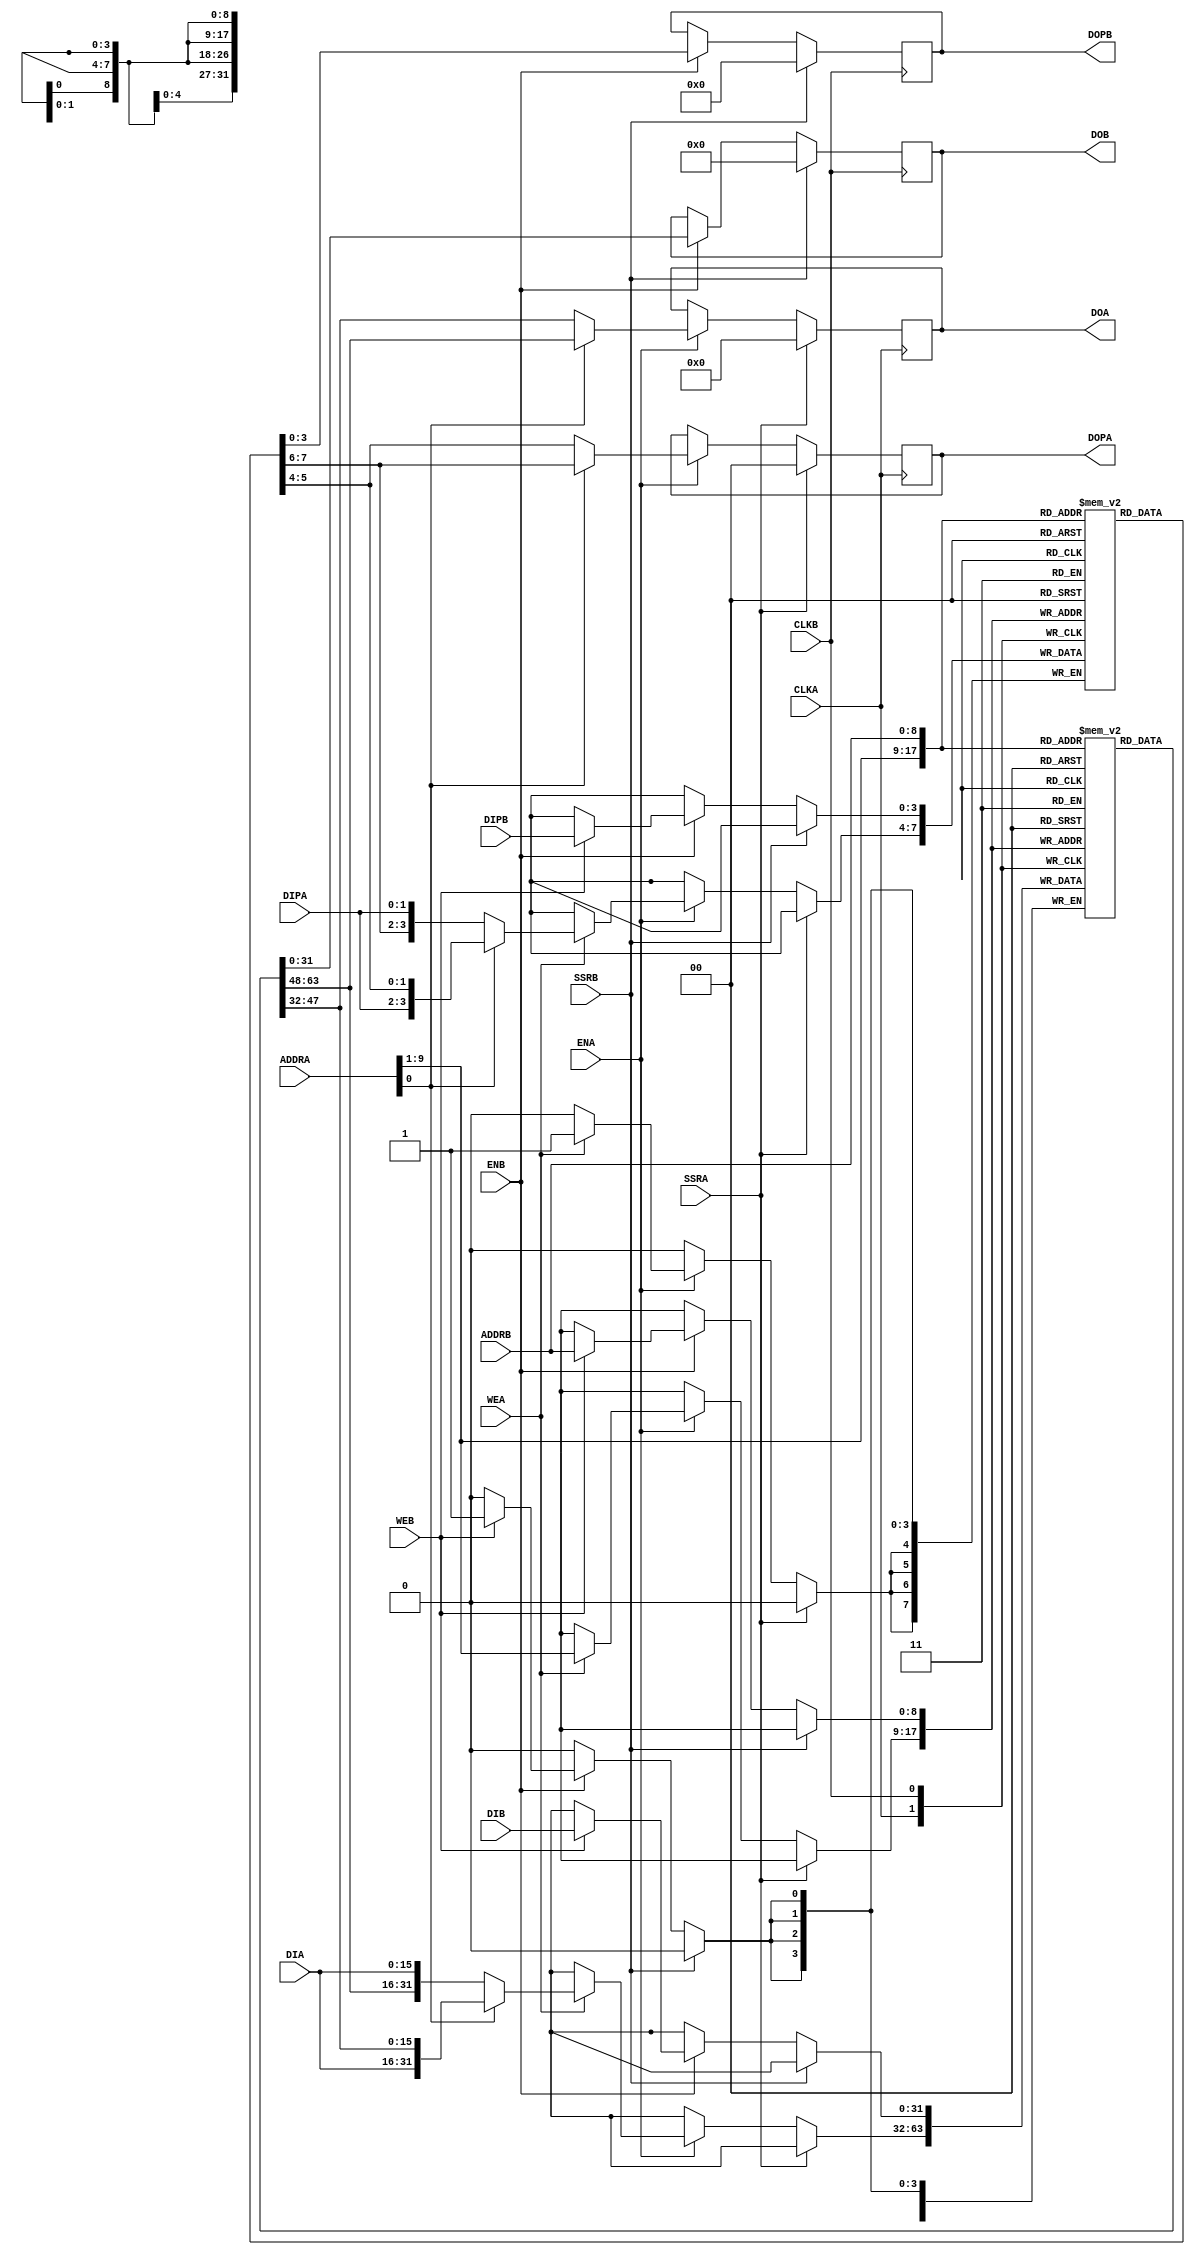
/***************************************************************************
 *                                                                         *
 *   RAMB16_S18_S36.v - Simulates the Xilinx primitive of the same name    *
 *     for use with Icarus Verilog.                                        *
 *                                                                         *
 *   WILL NOT SYNTHESISE!                                                  *
 *                                                                         *
 *   Copyright (C) 2005 by Patrick Suggate                                 *
 *   patrick@physics.otago.ac.nz                                           *
 *                                                                         *
 *   This program is free software; you can redistribute it and/or modify  *
 *   it under the terms of the GNU General Public License as published by  *
 *   the Free Software Foundation; either version 2 of the License, or     *
 *   (at your option) any later version.                                   *
 *                                                                         *
 *   This program is distributed in the hope that it will be useful,       *
 *   but WITHOUT ANY WARRANTY; without even the implied warranty of        *
 *   MERCHANTABILITY or FITNESS FOR A PARTICULAR PURPOSE.  See the         *
 *   GNU General Public License for more details.                          *
 *                                                                         *
 *   You should have received a copy of the GNU General Public License     *
 *   along with this program; if not, write to the                         *
 *   Free Software Foundation, Inc.,                                       *
 *   59 Temple Place - Suite 330, Boston, MA  02111-1307, USA.             *
 ***************************************************************************/

`timescale 1ns / 100ps
module RAMB16_S18_S36(
	input	[15:0]	DIA,
	input	[1:0]	DIPA,
	input	[9:0]	ADDRA,
	input		ENA,
	input		WEA,
	input		SSRA,
	input		CLKA,
	output	reg	[15:0]	DOA,
	output	reg	[1:0]	DOPA,

	input	[31:0]	DIB,
	input	[3:0]	DIPB,
	input	[8:0]	ADDRB,
	input		ENB,
	input		WEB,
	input		SSRB,
	input		CLKB,
	output	reg	[31:0]	DOB,
	output	reg	[3:0]	DOPB
);


reg 	[31:0]	ram_block_16k[511:0];
reg	[3:0]	ram_block_2k[511:0];	// Parity bits


// These parameters allow the block RAM to have values upon initialisation
parameter	INIT_00	= 256'h0;
parameter	INIT_01	= 256'h0;
parameter	INIT_02	= 256'h0;
parameter	INIT_03	= 256'h0;
parameter	INIT_04	= 256'h0;
parameter	INIT_05	= 256'h0;
parameter	INIT_06	= 256'h0;
parameter	INIT_07	= 256'h0;
parameter	INIT_08	= 256'h0;
parameter	INIT_09	= 256'h0;
parameter	INIT_0A	= 256'h0;
parameter	INIT_0B	= 256'h0;
parameter	INIT_0C	= 256'h0;
parameter	INIT_0D	= 256'h0;
parameter	INIT_0E	= 256'h0;
parameter	INIT_0F	= 256'h0;
parameter	INIT_10	= 256'h0;
parameter	INIT_11	= 256'h0;
parameter	INIT_12	= 256'h0;
parameter	INIT_13	= 256'h0;
parameter	INIT_14	= 256'h0;
parameter	INIT_15	= 256'h0;
parameter	INIT_16	= 256'h0;
parameter	INIT_17	= 256'h0;
parameter	INIT_18	= 256'h0;
parameter	INIT_19	= 256'h0;
parameter	INIT_1A	= 256'h0;
parameter	INIT_1B	= 256'h0;
parameter	INIT_1C	= 256'h0;
parameter	INIT_1D	= 256'h0;
parameter	INIT_1E	= 256'h0;
parameter	INIT_1F	= 256'h0;
parameter	INIT_20	= 256'h0;
parameter	INIT_21	= 256'h0;
parameter	INIT_22	= 256'h0;
parameter	INIT_23	= 256'h0;
parameter	INIT_24	= 256'h0;
parameter	INIT_25	= 256'h0;
parameter	INIT_26	= 256'h0;
parameter	INIT_27	= 256'h0;
parameter	INIT_28	= 256'h0;
parameter	INIT_29	= 256'h0;
parameter	INIT_2A	= 256'h0;
parameter	INIT_2B	= 256'h0;
parameter	INIT_2C	= 256'h0;
parameter	INIT_2D	= 256'h0;
parameter	INIT_2E	= 256'h0;
parameter	INIT_2F	= 256'h0;
parameter	INIT_30	= 256'h0;
parameter	INIT_31	= 256'h0;
parameter	INIT_32	= 256'h0;
parameter	INIT_33	= 256'h0;
parameter	INIT_34	= 256'h0;
parameter	INIT_35	= 256'h0;
parameter	INIT_36	= 256'h0;
parameter	INIT_37	= 256'h0;
parameter	INIT_38	= 256'h0;
parameter	INIT_39	= 256'h0;
parameter	INIT_3A	= 256'h0;
parameter	INIT_3B	= 256'h0;
parameter	INIT_3C	= 256'h0;
parameter	INIT_3D	= 256'h0;
parameter	INIT_3E	= 256'h0;
parameter	INIT_3F	= 256'h0;

// Parity bits
parameter	INITP_00	= 256'h0;
parameter	INITP_01	= 256'h0;
parameter	INITP_02	= 256'h0;
parameter	INITP_03	= 256'h0;
parameter	INITP_04	= 256'h0;
parameter	INITP_05	= 256'h0;
parameter	INITP_06	= 256'h0;
parameter	INITP_07	= 256'h0;


// Port A.
wire	[31:0]	doa	= ram_block_16k	[ADDRA[9:1]];
wire	[3:0]	dopa	= ram_block_2k	[ADDRA[9:1]];
wire	[31:0]	wr_dat	= ADDRA[0] ? {DIA, doa[15:0]} : {doa[31:16], DIA};
wire	[3:0]	wr_par	= ADDRA[0] ? {DIPA, dopa[1:0]} : {dopa[3:2], DIPA};
always @(posedge CLKA)
	if (SSRA)
		{DOPA, DOA}	<= #2 0;
	else if (ENA) begin
		DOA	<= #2 ADDRA[0] ? doa[31:16] : doa[15:0] ;
		DOPA	<= #2 ADDRA[0] ? dopa[3:2] : dopa[1:0] ;
		
		if (WEA) begin
			ram_block_16k	[ADDRA[9:1]]	<= #2 wr_dat;
			ram_block_2k	[ADDRA[9:1]]	<= #2 wr_par;
		end
	end


// Port B.
wire	[31:0]	dob	= ram_block_16k	[ADDRB];
wire	[3:0]	dopb	= ram_block_2k	[ADDRB];
always @(posedge CLKB)
	if (SSRB)
		{DOPB, DOB}	<= #2 0;
	else if (ENB) begin
		DOB	<= #2 dob;
		DOPB	<= #2 dopb;
		
		if (WEB) begin
			ram_block_16k	[ADDRB]	<= #2 DIB;
			ram_block_2k	[ADDRB]	<= #2 DIPB;
		end
	end


//--------------------------------------------------------------
//  Simulation stuff below.
//
integer	ii, jj;

initial begin : Init
	// Fill the RAM block using the 'INIT_xx' parameters.
	fill_ram_block_16k (3);
	
end	// Init


// Outputs the 32-bit long at position 'long_num' from 'big_long'
function [31:0]	get_long;
input	[255:0]	big_long;
input	[2:0]	long_num;

begin
	case (long_num)
	3'b000:
		get_long = big_long[31:0];
	3'b001:
		get_long = big_long[63:32];
	3'b010:
		get_long = big_long[95:64];
	3'b011:
		get_long = big_long[127:96];
	3'b100:
		get_long = big_long[159:128];
	3'b101:
		get_long = big_long[191:160];
	3'b110:
		get_long = big_long[223:192];
	3'b111:
		get_long = big_long[255:224];
	endcase
end

endfunction	//	get_long


// Outputs a 4-bit nibble at position 'nib_num' from 'big_num'.
function [3:0]	get_nibble;
input	[255:0]	big_long;
input	[5:0]	nib_num;

reg		[255:0]	temp;
integer	i;
begin
	temp	= big_long;
	for (i=0; i<nib_num; i=i+1) begin
		// Shift right by four until the nibble we want is the low
		// word.
		temp	= {4'b0, temp[255:4]};
	end
	get_nibble	= temp[3:0];
end
endfunction


// Used to initialise the 'ram_block_16k' for a test bench.
task fill_ram_block_16k;
input	mode;
integer	n, mode;
begin : Fill_Ram_Block_16k
	for (n = 0; n < 512; n = n+1)
		case (mode)
		0:	ram_block_16k[n] = 32'h0000_0000;
		1:	ram_block_16k[n] = $random;
		2:	ram_block_16k[n] = 32'h3030_3030;
		3:;
		endcase
	
	if (mode == 3) begin
		for ( n = 0; n < 8; n = n+1 ) begin
			ram_block_16k[{6'h00, n[2:0]}] = get_long(INIT_00, n[2:0]);
			ram_block_16k[{6'h01, n[2:0]}] = get_long(INIT_01, n[2:0]);
			ram_block_16k[{6'h02, n[2:0]}] = get_long(INIT_02, n[2:0]);
			ram_block_16k[{6'h03, n[2:0]}] = get_long(INIT_03, n[2:0]);
			ram_block_16k[{6'h04, n[2:0]}] = get_long(INIT_04, n[2:0]);
			ram_block_16k[{6'h05, n[2:0]}] = get_long(INIT_05, n[2:0]);
			ram_block_16k[{6'h06, n[2:0]}] = get_long(INIT_06, n[2:0]);
			ram_block_16k[{6'h07, n[2:0]}] = get_long(INIT_07, n[2:0]);
			ram_block_16k[{6'h08, n[2:0]}] = get_long(INIT_08, n[2:0]);
			ram_block_16k[{6'h09, n[2:0]}] = get_long(INIT_09, n[2:0]);
			ram_block_16k[{6'h0A, n[2:0]}] = get_long(INIT_0A, n[2:0]);
			ram_block_16k[{6'h0B, n[2:0]}] = get_long(INIT_0B, n[2:0]);
			ram_block_16k[{6'h0C, n[2:0]}] = get_long(INIT_0C, n[2:0]);
			ram_block_16k[{6'h0D, n[2:0]}] = get_long(INIT_0D, n[2:0]);
			ram_block_16k[{6'h0E, n[2:0]}] = get_long(INIT_0E, n[2:0]);
			ram_block_16k[{6'h0F, n[2:0]}] = get_long(INIT_0F, n[2:0]);
			ram_block_16k[{6'h10, n[2:0]}] = get_long(INIT_10, n[2:0]);
			ram_block_16k[{6'h11, n[2:0]}] = get_long(INIT_11, n[2:0]);
			ram_block_16k[{6'h12, n[2:0]}] = get_long(INIT_12, n[2:0]);
			ram_block_16k[{6'h13, n[2:0]}] = get_long(INIT_13, n[2:0]);
			ram_block_16k[{6'h14, n[2:0]}] = get_long(INIT_14, n[2:0]);
			ram_block_16k[{6'h15, n[2:0]}] = get_long(INIT_15, n[2:0]);
			ram_block_16k[{6'h16, n[2:0]}] = get_long(INIT_16, n[2:0]);
			ram_block_16k[{6'h17, n[2:0]}] = get_long(INIT_17, n[2:0]);
			ram_block_16k[{6'h18, n[2:0]}] = get_long(INIT_18, n[2:0]);
			ram_block_16k[{6'h19, n[2:0]}] = get_long(INIT_19, n[2:0]);
			ram_block_16k[{6'h1A, n[2:0]}] = get_long(INIT_1A, n[2:0]);
			ram_block_16k[{6'h1B, n[2:0]}] = get_long(INIT_1B, n[2:0]);
			ram_block_16k[{6'h1C, n[2:0]}] = get_long(INIT_1C, n[2:0]);
			ram_block_16k[{6'h1D, n[2:0]}] = get_long(INIT_1D, n[2:0]);
			ram_block_16k[{6'h1E, n[2:0]}] = get_long(INIT_1E, n[2:0]);
			ram_block_16k[{6'h1F, n[2:0]}] = get_long(INIT_1F, n[2:0]);
			ram_block_16k[{6'h20, n[2:0]}] = get_long(INIT_20, n[2:0]);
			ram_block_16k[{6'h21, n[2:0]}] = get_long(INIT_21, n[2:0]);
			ram_block_16k[{6'h22, n[2:0]}] = get_long(INIT_22, n[2:0]);
			ram_block_16k[{6'h23, n[2:0]}] = get_long(INIT_23, n[2:0]);
			ram_block_16k[{6'h24, n[2:0]}] = get_long(INIT_24, n[2:0]);
			ram_block_16k[{6'h25, n[2:0]}] = get_long(INIT_25, n[2:0]);
			ram_block_16k[{6'h26, n[2:0]}] = get_long(INIT_26, n[2:0]);
			ram_block_16k[{6'h27, n[2:0]}] = get_long(INIT_27, n[2:0]);
			ram_block_16k[{6'h28, n[2:0]}] = get_long(INIT_28, n[2:0]);
			ram_block_16k[{6'h29, n[2:0]}] = get_long(INIT_29, n[2:0]);
			ram_block_16k[{6'h2A, n[2:0]}] = get_long(INIT_2A, n[2:0]);
			ram_block_16k[{6'h2B, n[2:0]}] = get_long(INIT_2B, n[2:0]);
			ram_block_16k[{6'h2C, n[2:0]}] = get_long(INIT_2C, n[2:0]);
			ram_block_16k[{6'h2D, n[2:0]}] = get_long(INIT_2D, n[2:0]);
			ram_block_16k[{6'h2E, n[2:0]}] = get_long(INIT_2E, n[2:0]);
			ram_block_16k[{6'h2F, n[2:0]}] = get_long(INIT_2F, n[2:0]);
			ram_block_16k[{6'h30, n[2:0]}] = get_long(INIT_30, n[2:0]);
			ram_block_16k[{6'h31, n[2:0]}] = get_long(INIT_31, n[2:0]);
			ram_block_16k[{6'h32, n[2:0]}] = get_long(INIT_32, n[2:0]);
			ram_block_16k[{6'h33, n[2:0]}] = get_long(INIT_33, n[2:0]);
			ram_block_16k[{6'h34, n[2:0]}] = get_long(INIT_34, n[2:0]);
			ram_block_16k[{6'h35, n[2:0]}] = get_long(INIT_35, n[2:0]);
			ram_block_16k[{6'h36, n[2:0]}] = get_long(INIT_36, n[2:0]);
			ram_block_16k[{6'h37, n[2:0]}] = get_long(INIT_37, n[2:0]);
			ram_block_16k[{6'h38, n[2:0]}] = get_long(INIT_38, n[2:0]);
			ram_block_16k[{6'h39, n[2:0]}] = get_long(INIT_39, n[2:0]);
			ram_block_16k[{6'h3A, n[2:0]}] = get_long(INIT_3A, n[2:0]);
			ram_block_16k[{6'h3B, n[2:0]}] = get_long(INIT_3B, n[2:0]);
			ram_block_16k[{6'h3C, n[2:0]}] = get_long(INIT_3C, n[2:0]);
			ram_block_16k[{6'h3D, n[2:0]}] = get_long(INIT_3D, n[2:0]);
			ram_block_16k[{6'h3E, n[2:0]}] = get_long(INIT_3E, n[2:0]);
			ram_block_16k[{6'h3F, n[2:0]}] = get_long(INIT_3F, n[2:0]);
		end
		for (n=0; n<64; n=n+1) begin
			//	9-bit address, 4-bit wide data
			ram_block_2k[{3'h0,n[5:0]}] = get_nibble(INITP_00, n);
			ram_block_2k[{3'h1,n[5:0]}] = get_nibble(INITP_01, n);
			ram_block_2k[{3'h2,n[5:0]}] = get_nibble(INITP_02, n);
			ram_block_2k[{3'h3,n[5:0]}] = get_nibble(INITP_03, n);
			ram_block_2k[{3'h4,n[5:0]}] = get_nibble(INITP_04, n);
			ram_block_2k[{3'h5,n[5:0]}] = get_nibble(INITP_05, n);
			ram_block_2k[{3'h6,n[5:0]}] = get_nibble(INITP_06, n);
			ram_block_2k[{3'h7,n[5:0]}] = get_nibble(INITP_07, n);
		end
	end
end	//	Fill_Ram_Block_16k
endtask	//	fill_ram_block_16k


endmodule	// RAMB16_S36_S36